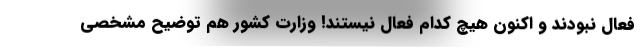
فعال نبودند و اكنون هيچ كدام فعال نيستند! وزارت كشور هم توضيح مشخصي